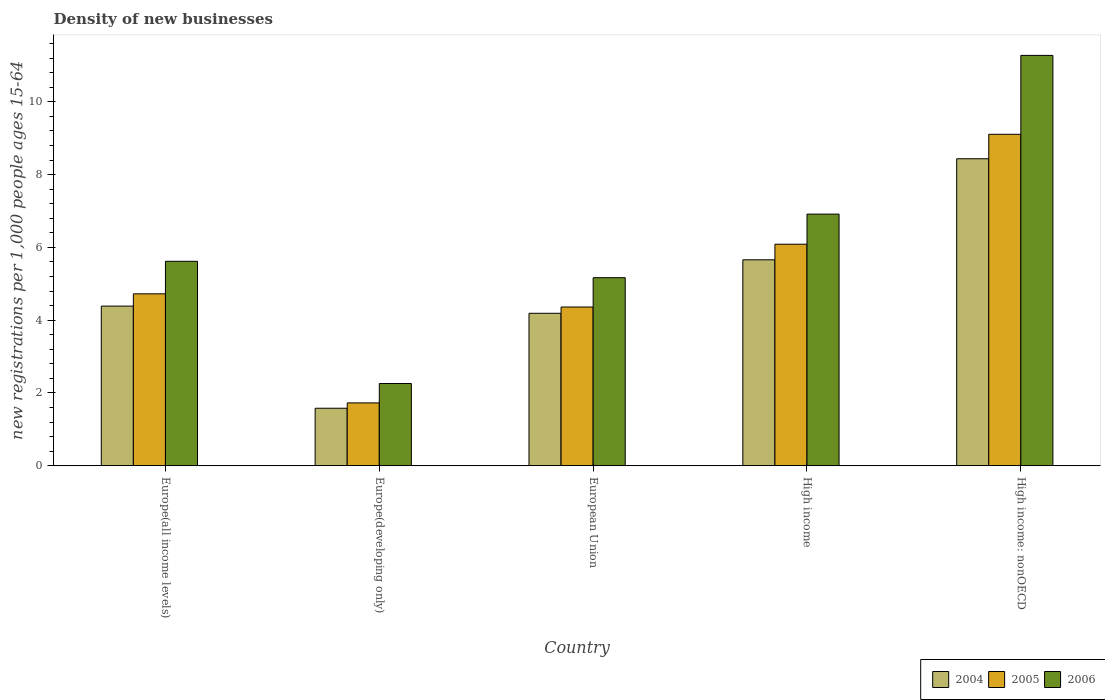
| Country | 2004 | 2005 | 2006 |
 | --- | --- | --- | --- |
 | Europe(all income levels) | 4.39 | 4.72 | 5.62 |
 | Europe(developing only) | 1.58 | 1.73 | 2.26 |
 | European Union | 4.19 | 4.36 | 5.17 |
 | High income | 5.66 | 6.09 | 6.91 |
 | High income: nonOECD | 8.44 | 9.11 | 11.3 |